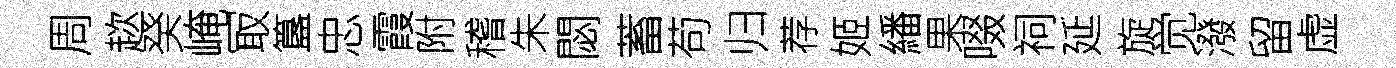
周趑癸崦冣簋忠霞附稽朱閟蓄苟归荐姬繙果啜祠延旋觉潑留虚